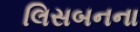
લિસબનના